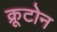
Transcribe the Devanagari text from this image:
क्रूटोन